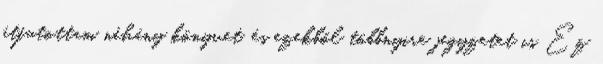
átfutottam néhány könyvet, és ezekből többnyire jegyzetet is Ez